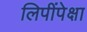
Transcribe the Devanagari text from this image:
लिपींपेक्षा